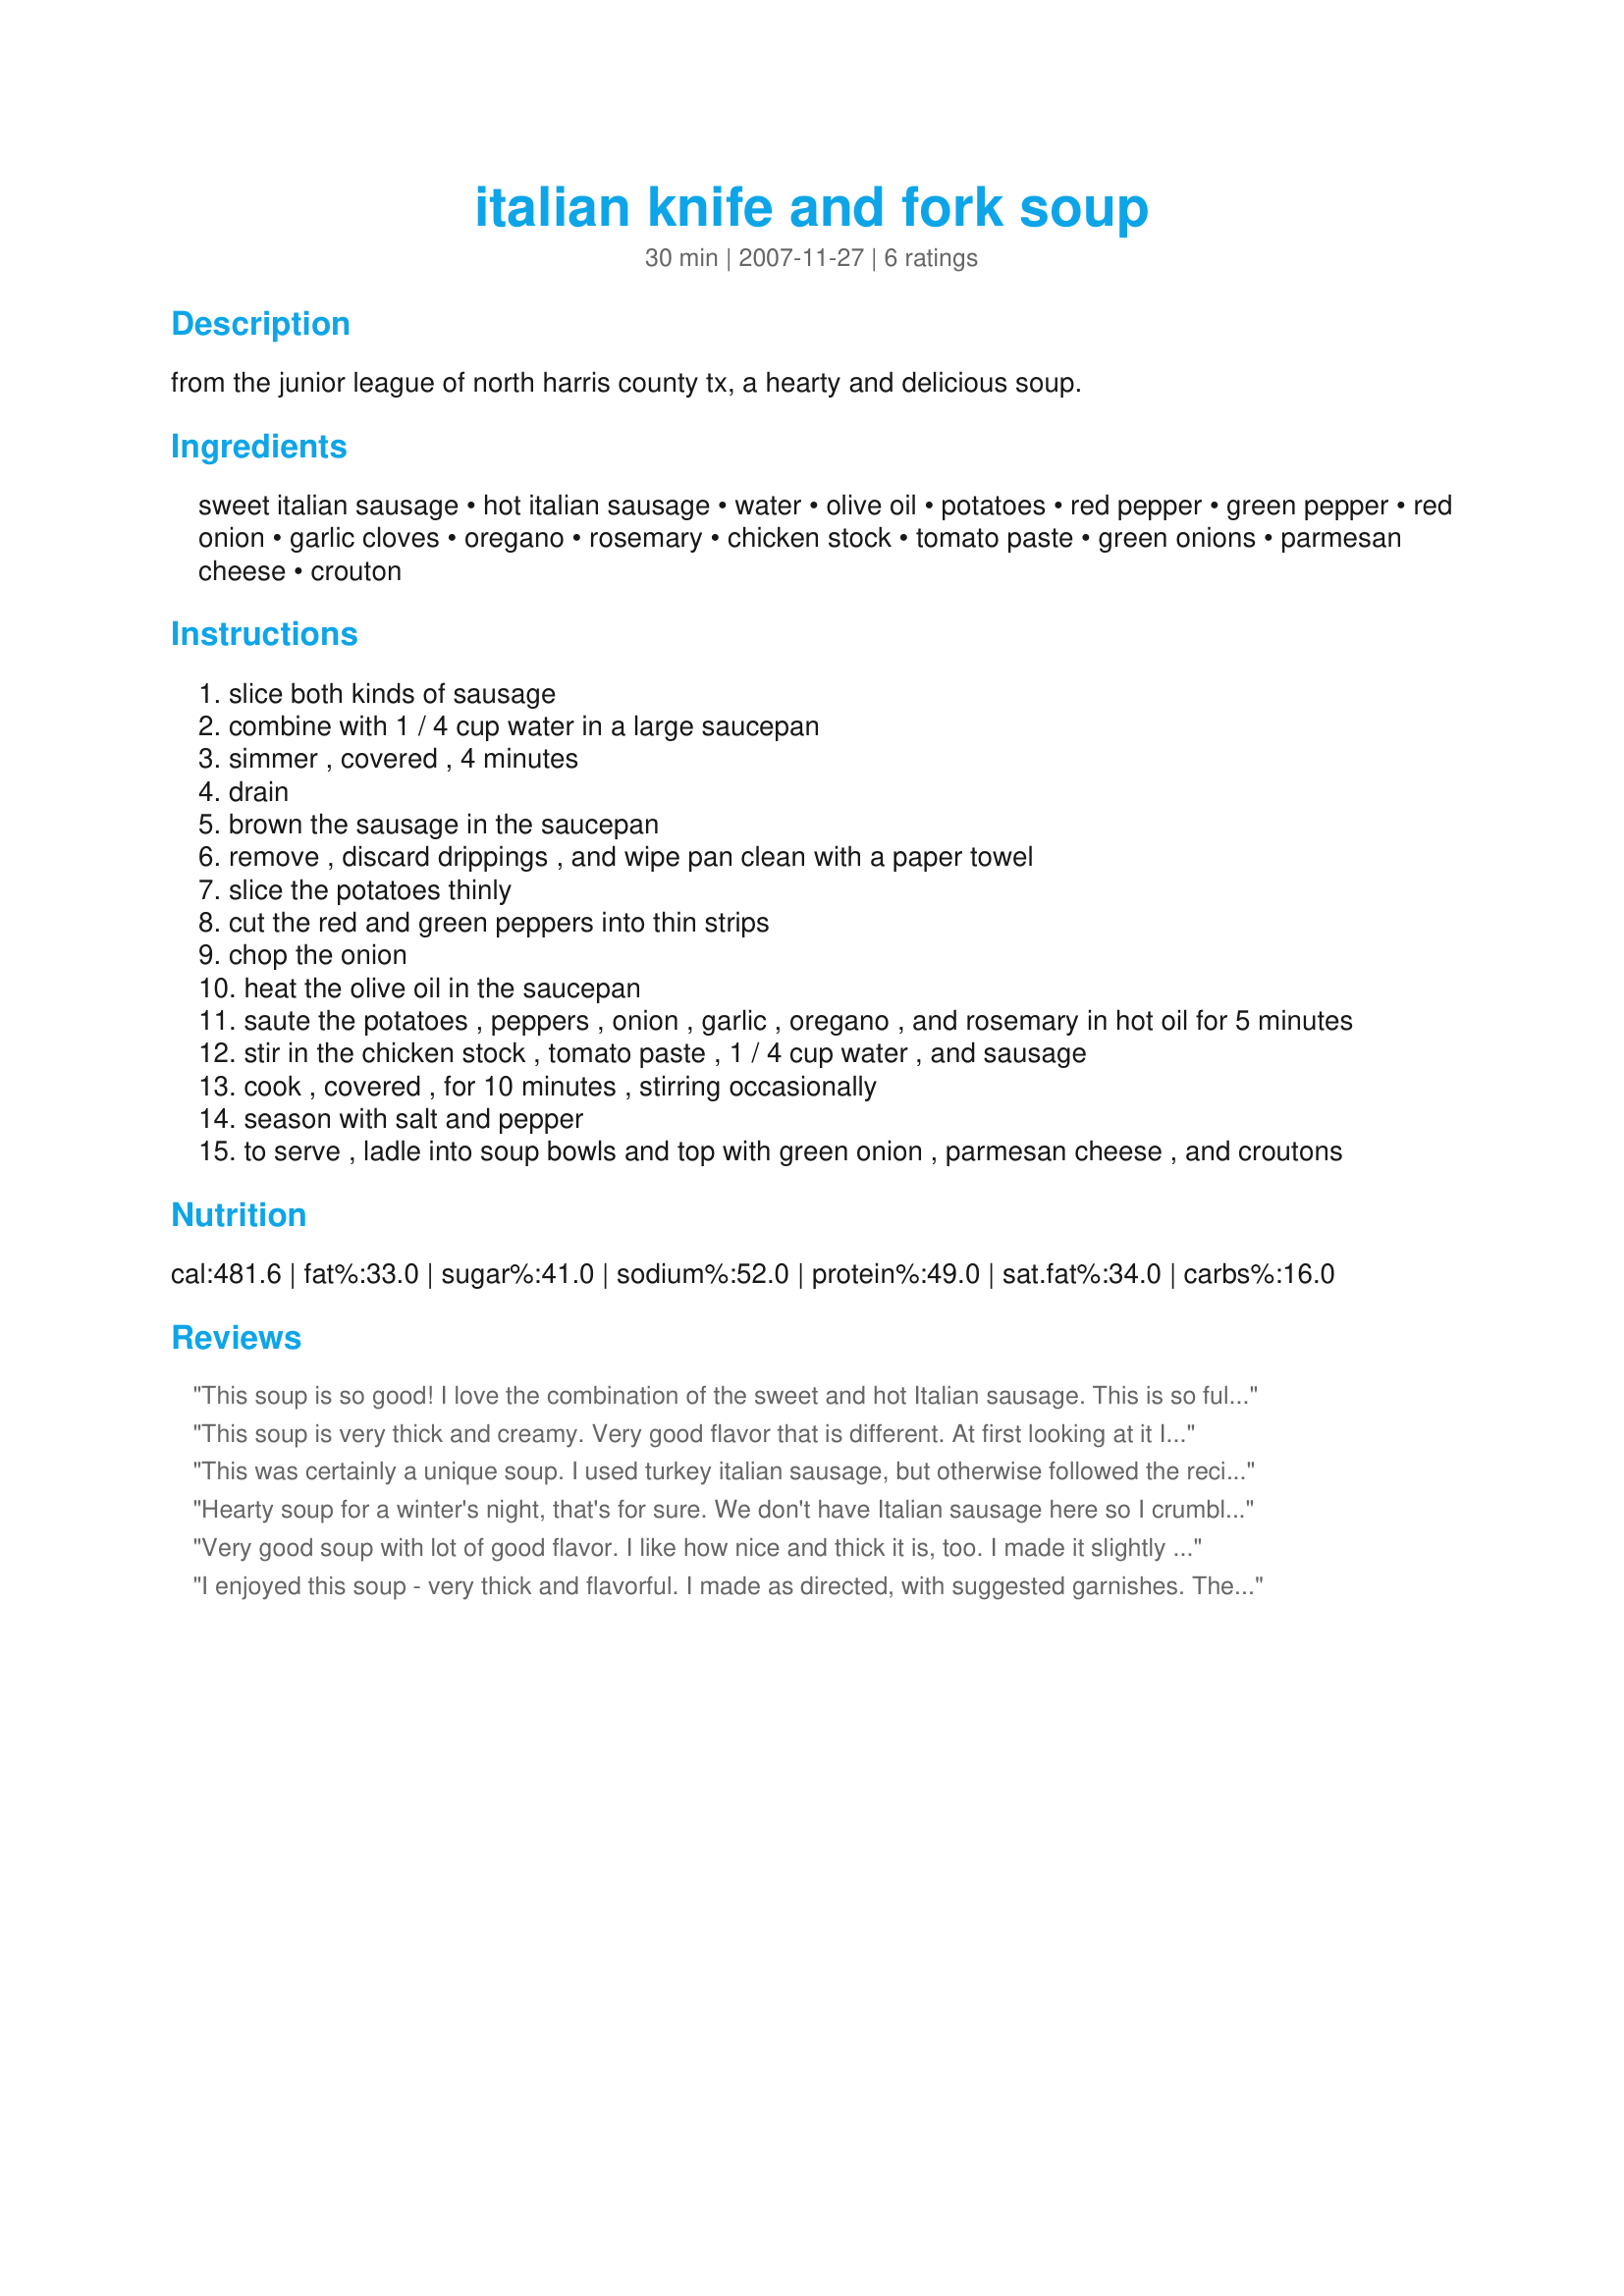
italian knife and fork soup
Preparation time: 30 minutes

from the junior league of north harris county tx, a hearty and delicious soup.

Ingredients:
sweet italian sausage, hot italian sausage, water, olive oil, potatoes, red pepper, green pepper, red onion, garlic cloves, oregano, rosemary, chicken stock, tomato paste, green onions, parmesan cheese, crouton

Steps:
slice both kinds of sausage
combine with 1 / 4 cup water in a large saucepan
simmer , covered , 4 minutes
drain
brown the sausage in the saucepan
remove , discard drippings , and wipe pan clean with a paper towel
slice the potatoes thinly
cut the red and green peppers into thin strips
chop the onion
heat the olive oil in the saucepan
saute the potatoes , peppers , onion , garlic , oregano , and rosemary in hot oil for 5 minutes
stir in the chicken stock , tomato paste , 1 / 4 cup water , and sausage
cook , covered , for 10 minutes , stirring occasionally
season with salt and pepper
to serve , ladle into soup bowls and top with green onion , parmesan cheese , and croutons

Reviews:
This soup is so good! I love the combination of the sweet and hot Italian sausage. This is so full of flavor. I made homemade croutons. This is a keeper.
This soup is very thick and creamy. Very good flavor that is different. At first looking at it I didn&#039;t think we would really like but it came out really good and everyone ate some!!! We enjoyed. Thanks
This was certainly a unique soup. I used turkey italian sausage, but otherwise followed the recipe exactly. It hit the spot on such a could day My husband added hot pepper flakes to his for some spice. Topped with shredded cheese and fritos instead of croutons.
Hearty soup for a winter's night, that's for sure. We don't have Italian sausage here so I crumbled up some thawed meatballs and threw in some mushrooms as well with a great result for a mid week meal.
Very good soup with lot of good flavor. I like how nice and thick it is, too. I made it slightly differently: I used ground turkey cooked with Italian sausage seasonings instead of sausage (lower fat), and I chopped the veggies to make them bite-sized for my preshooler. I adjusted the cooking to suit the changes in ingredients, but otherwise made as directed. DH loved it; he ate 2 big bowls full. Thanks so much for posting, loof! Made for Photo Tag.
I enjoyed this soup - very thick and flavorful. I made as directed, with suggested garnishes. The crunchy croutons on top of the soup were fabulous! Nice recipe. Made for PRMR Tag Game 1/11/09.
